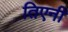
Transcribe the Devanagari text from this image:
तिएनी